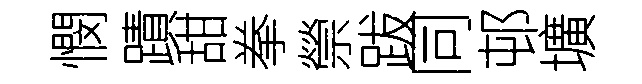
憫蹟甜拳禜跋同邨壙